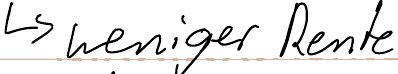
-> weniger Rente